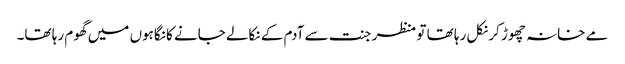
مے خانہ چھوڑ کر نکل رہا تھا تو منظر جنت سے آدم کے نکالے جانے کا نگاہوں میں گھوم رہا تھا۔